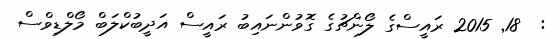
:  18